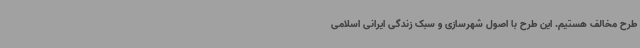
طرح مخالف هستیم. این طرح با اصول شهرسازی و سبک زندگی ایرانی اسلامی